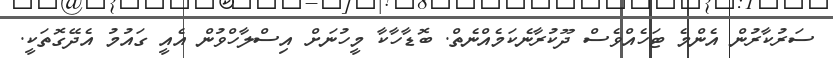
ސަރުކާރުން އެންމެ ޓަހެއްވެސް ދޫކުރާނެކަމެއްނެތް. ބޮޑާހާކާ މީހުނަށް އިސްލާހްވުން އެއީ ގައުމު އެދޭގޮތަކީ.